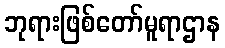
ဘုရားဖြစ်တော်မူရာဌာန